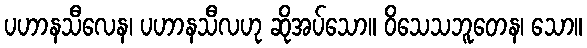
ပဟာနသီလေန၊ ပဟာနသီလဟု ဆိုအပ်သော။ ဝိသေသဘူတေန၊ သော။